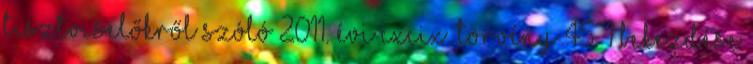
tisztviselőkről szóló 2011. évi CXCIX. törvény 45. 1 bekezdése